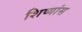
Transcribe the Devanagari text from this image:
शिष्यांस